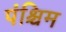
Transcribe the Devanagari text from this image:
पंश्चिम